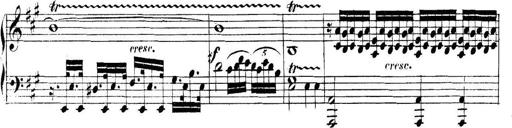
Title: Collected Piano Sonatas
Composer: Muzio Clementi